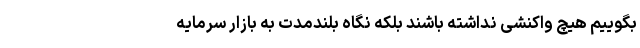
بگوییم هیچ واکنشی نداشته باشند بلکه نگاه بلندمدت به بازار سرمایه